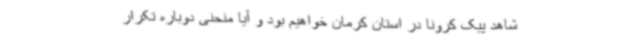
شاهد پیک کرونا در استان کرمان خواهیم بود و آیا منحنی دوباره تکرار